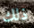
ذلك